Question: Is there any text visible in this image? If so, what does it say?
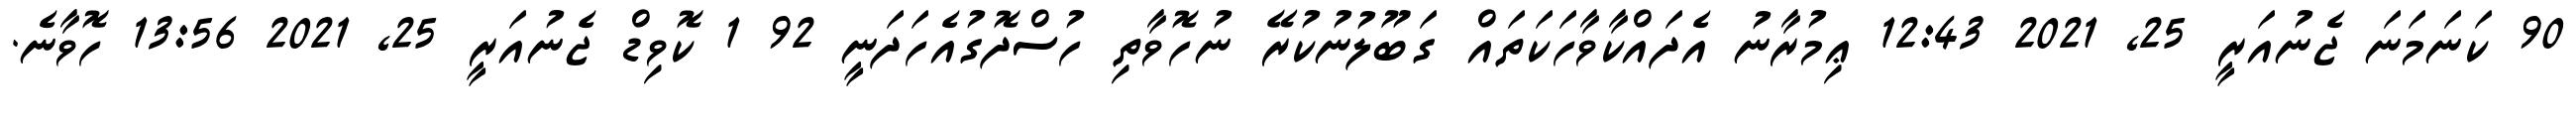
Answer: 90 ކަނަމަނަ ޖެނުއަރީ 25, 2021 12:43 ޢިމުރާނު އެދައްކާވާހަކަތައް ގަބޫލުނުކުރޭ ނުހޮވާތި ހުސްދޮގުއެހަދަނީ 92 1 ކޮވިޑް ޖެނުއަރީ 25, 2021 13:56 ހޮވާނެ.